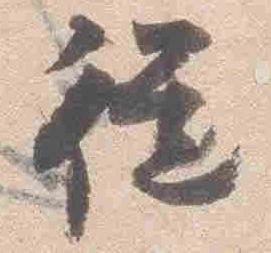
従